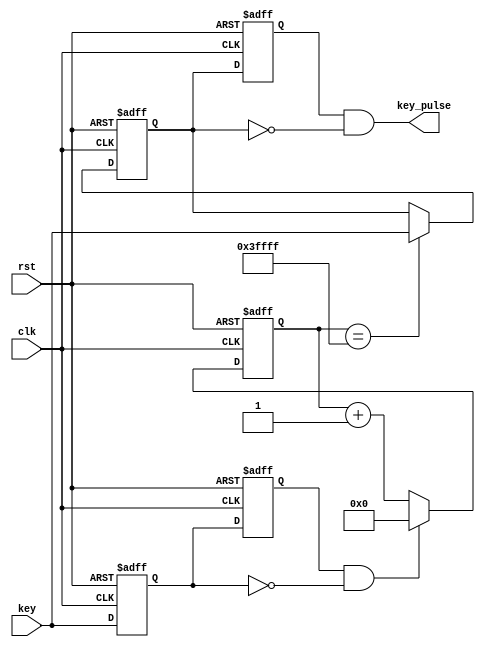
`timescale 1ns / 1ps
//////////////////////////////////////////////////////////////////////////////////
// Company: 
// Engineer: 
// 
// Design Name: 
// Module Name: debounce_button
// Project Name: 
// Target Devices: 
// Tool Versions: 
// Description: 
// 
// Dependencies: 
// 
// Revision:
// Revision 0.01 - File Created
// Additional Comments:
// 
//////////////////////////////////////////////////////////////////////////////////

module debounce_button (clk,rst,key,key_pulse);
 
        parameter       N  =  1;                      //
 
	input             clk;
        input             rst;
        input 	[N-1:0]   key;                        //					
	output  [N-1:0]   key_pulse;                  //	
 
        reg     [N-1:0]   key_rst_pre;                //
        reg     [N-1:0]   key_rst;                    //
 
        wire    [N-1:0]   key_edge;                   //
 
        //
        always @(posedge clk  or  negedge rst)
          begin
             if (!rst) begin
                 key_rst <= {N{1'b0}};                //key_rst1{}N1
                 key_rst_pre <= {N{1'b0}};
             end
             else begin
                 key_rst <= key;                     //keykey_rst,key_rstkey_rst_pre
                 key_rst_pre <= key_rst;             //key_rstkeykey_rst_prekey
             end    
           end
 
        assign  key_edge = key_rst_pre & (~key_rst);//keykey_edge
 
        reg	[17:0]	  cnt;                       //12MHz20ms18     
 
        //20mskey_edge
        always @(posedge clk or negedge rst)
           begin
             if(!rst)
                cnt <= 18'h0;
             else if(key_edge)
                cnt <= 18'h0;
             else
                cnt <= cnt + 1'h1;
             end  
 
        reg     [N-1:0]   key_sec_pre;                //
        reg     [N-1:0]   key_sec;                    
 
 
        //key
        always @(posedge clk  or  negedge rst)
          begin
             if (!rst) 
                 key_sec <= {N{1'b0}};                
             else if (cnt==18'h3ffff)
                 key_sec <= key;  
          end
       always @(posedge clk  or  negedge rst)
          begin
             if (!rst)
                 key_sec_pre <= {N{1'b0}};
             else                   
                 key_sec_pre <= key_sec;             
         end      
       assign  key_pulse = key_sec_pre & (~key_sec);     
 
endmodule